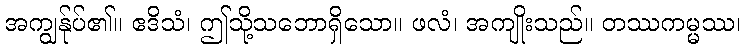
အကျွန်ုပ်၏။ ဧဒိသံ၊ ဤသို့သဘောရှိသော။ ဖလံ၊ အကျိုးသည်။ တဿကမ္မဿ၊